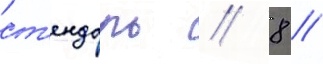
ст'ендаль // 8 //